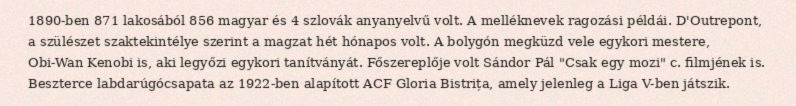
1890-ben 871 lakosából 856 magyar és 4 szlovák anyanyelvű volt. A melléknevek ragozási példái. D'Outrepont, a szülészet szaktekintélye szerint a magzat hét hónapos volt. A bolygón megküzd vele egykori mestere, Obi-Wan Kenobi is, aki legyőzi egykori tanítványát. Főszereplője volt Sándor Pál "Csak egy mozi" c. filmjének is. Beszterce labdarúgócsapata az 1922-ben alapított ACF Gloria Bistrița, amely jelenleg a Liga V-ben játszik.